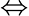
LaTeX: \Leftrightarrow